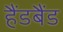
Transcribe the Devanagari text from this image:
हैंडबैंड